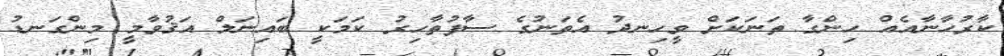
ކާރުހާނާއެއް ހިންގާ ތަނަކަށް ވީހިނދު އެތަނުގެ ސާފުތާހިރު ކަމަކީ ބައިނަލް އަޤުވާމީ މިންގަނޑު